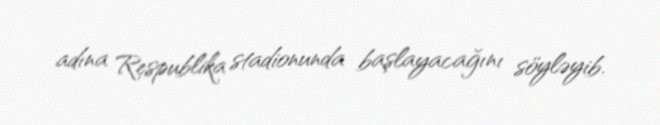
adına Respublika stadionunda başlayacağını söyləyib.